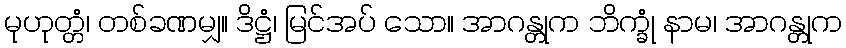
မုဟုတ္တံ၊ တစ်ခဏမျှ။ ဒိဋ္ဌံ၊ မြင်အပ် သော။ အာဂန္တုက ဘိက္ခုံ နာမ၊ အာဂန္တုက